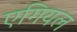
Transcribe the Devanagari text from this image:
एगियल